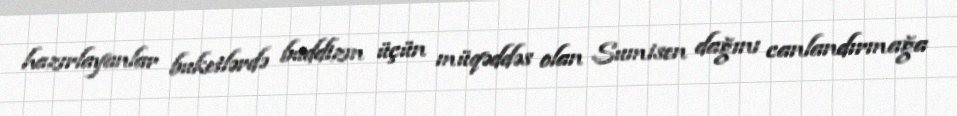
hazırlayanlar buketlərdə buddizm üçün müqəddəs olan Sumisen dağını canlandırmağa